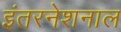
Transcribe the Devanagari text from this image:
इंतरनेशनाल